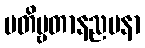
ပတိဗ္ဗတာနညမနာ